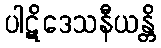
ပါဋိဒေသနီယန္တိ